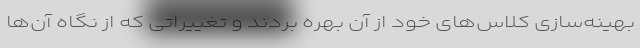
بهینه‌سازی کلاس‌های خود از آن بهره بردند و تغییراتی که از نگاه آن‌ها